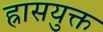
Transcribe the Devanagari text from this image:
ह्रासयुक्त